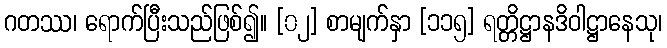
ဂတဿ၊ ရောက်ပြီးသည်ဖြစ်၍။ [၀၂] စာမျက်နှာ [၁၁၅] ရတ္တိဋ္ဌာနဒိဝါဋ္ဌာနေသု၊